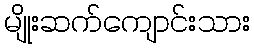
မျိုးဆက်ကျောင်းသား